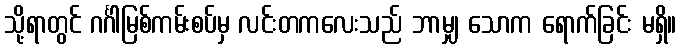
သို့ရာတွင် ဂင်္ဂါမြစ်ကမ်းစပ်မှ လင်းတကလေးသည် ဘာမျှ သောက ရောက်ခြင်း မရှိ။